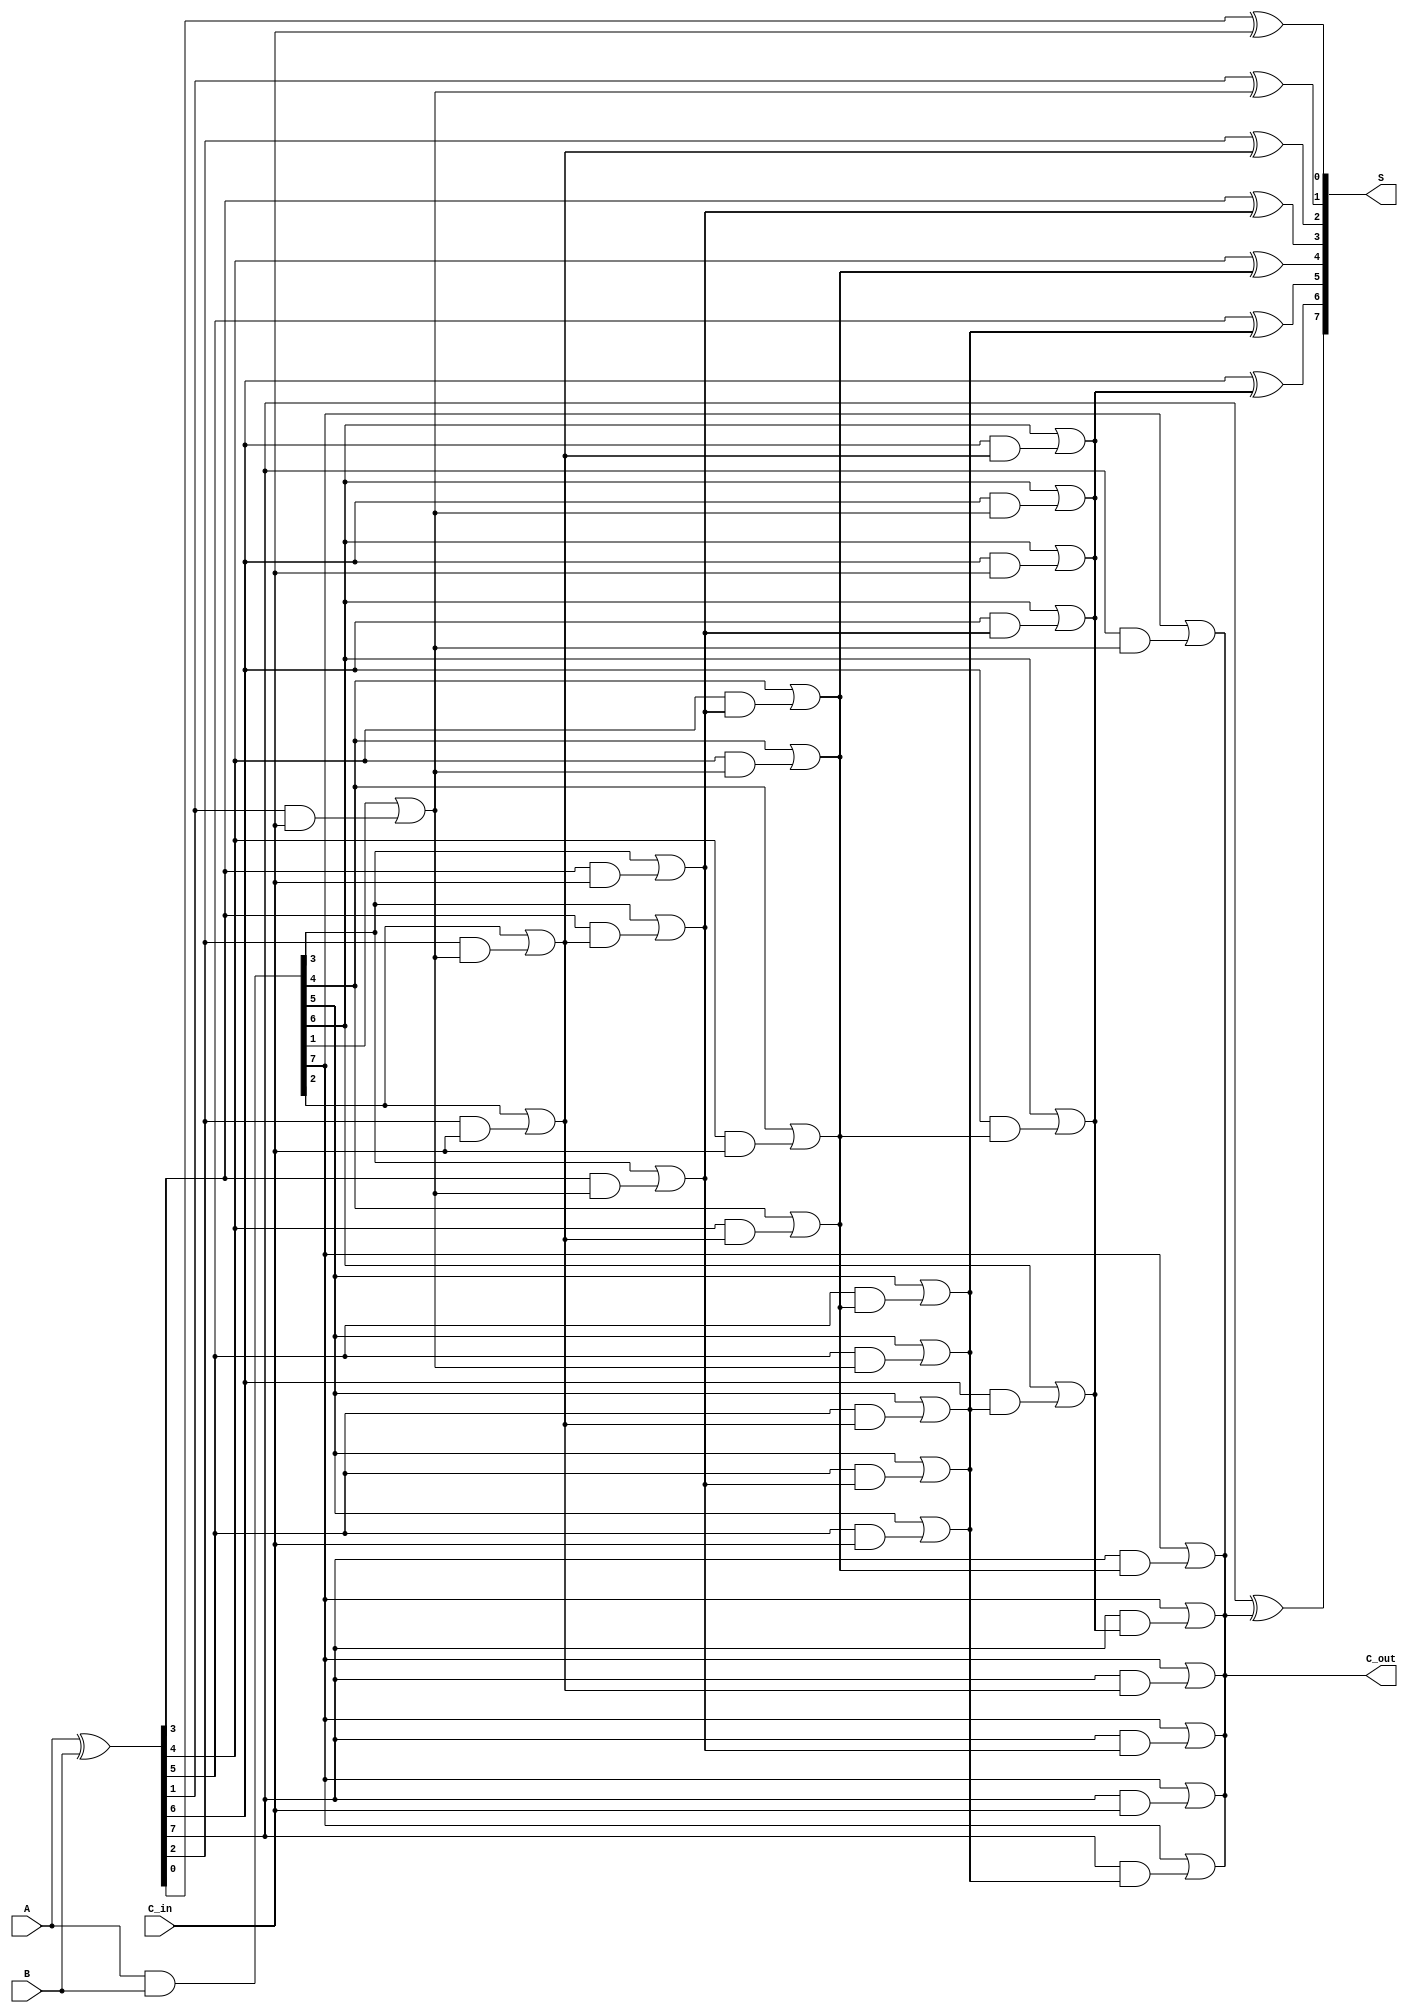
module ParallelPrefixAdder #(parameter n = 8) (
    input  [n-1:0] A,      // First input
    input  [n-1:0] B,      // Second input
    input        C_in,      // Carry-in
    output [n-1:0] S,      // Sum output
    output       C_out      // Carry-out output
);

    wire [n-1:0] G;        // Generate signals
    wire [n-1:0] P;        // Propagate signals
    wire [n-1:0] C;        // Carry signals

    // Generate and Propagate signals
    assign G = A & B;          // G_i = A_i AND B_i
    assign P = A ^ B;          // P_i = A_i XOR B_i

    // Carry Generation using Kogge-Stone Prefix network
    genvar i, j;
    
    // Level 0 carries
    assign C[0] = C_in; // Carry-in

    // Kogge-Stone logic for generating carry signals
    // Each stage i computes the carry based on previous stage carries
    for (i = 0; i < n; i = i + 1) begin : stage
        for (j = 0; j < i; j = j + 1) begin
            assign C[i] = G[i] | (P[i] & C[j]);
        end
    end

    // Calculate sum output using the propagate signals and carry signals
    generate
        for (i = 0; i < n; i = i + 1) begin : sum_bit
            assign S[i] = P[i] ^ C[i]; // S_i = P_i XOR C_i
        end
    endgenerate

    // Final carry-out
    assign C_out = C[n-1]; // Last carry signal

endmodule